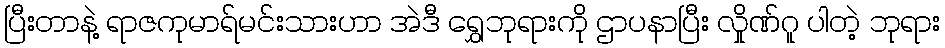
ပြီးတာနဲ့ ရာဇကုမာရ်မင်းသားဟာ အဲဒီ ရွှေဘုရားကို ဌာပနာပြီး လှိုဏ်ဂူ ပါတဲ့ ဘုရား